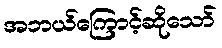
အဘယ်ကြောင့်ဆိုသော်